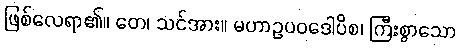
ဖြစ်လေရာ၏။ တေ၊ သင်အား။ မဟာဥပဝဒေါပိစ၊ ကြီးစွာသော